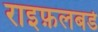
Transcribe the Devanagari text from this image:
राइफ़लबर्ड